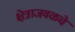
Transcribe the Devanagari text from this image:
क्षेत्राजवळचे